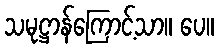
သမုဋ္ဌာန်ကြောင့်သာ။ ပေ။